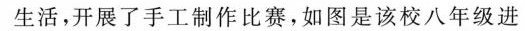
生活，开展了手工制作比赛，如图是该校八年级进